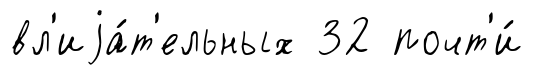
вл'иjа́т'ельных 32 почт'и́